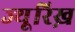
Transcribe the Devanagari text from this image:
ज्यू़रिख़